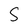
Character: S